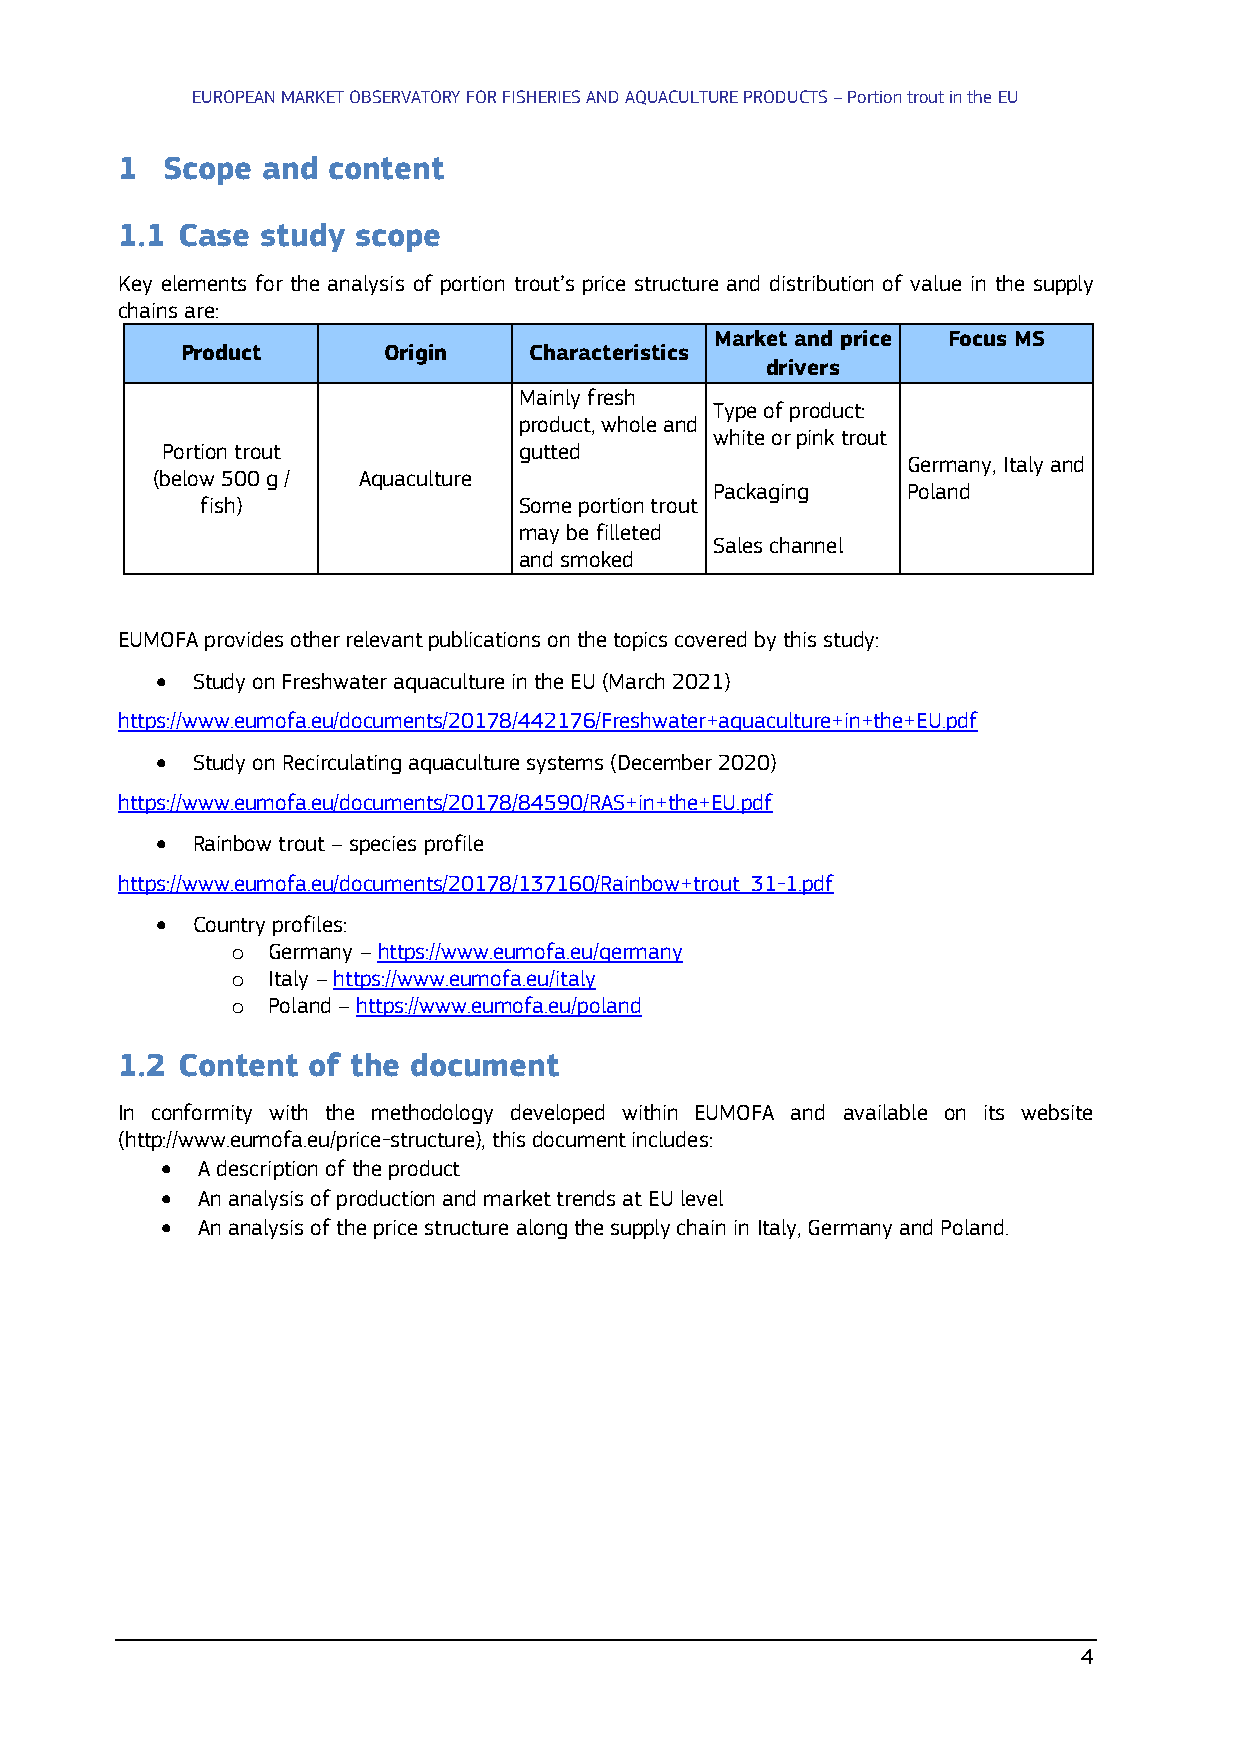
EUROPEAN MARKET OBSERVATORY FOR FISHERIES AND AQUACULTURE PRODUCTS – Portion trout in the EU
 1  Scope and  content
 1.1 Case study scope
 Key elements for the analysis of portion trout’s price structure and distribution of value in the supply
 chains are:
 Market and price Focus MS
 Product      Origin    Characteristics
 drivers
 Mainly fresh
 Type of product:
 product, whole and
 white or pink trout
 Portion trout          gutted
 Germany, Italy and
 (below 500 g / Aquaculture
 Packaging    Poland
 fish)                Some portion trout
 may be filleted
 Sales channel
 and smoked
 EUMOFA provides other relevant publications on the topics covered by this study:
 •  Study on Freshwater aquaculture in the EU (March 2021)
 https://www.eumofa.eu/documents/20178/442176/Freshwater+aquaculture+in+the+EU.pdf
 •  Study on Recirculating aquaculture systems (December 2020)
 https://www.eumofa.eu/documents/20178/84590/RAS+in+the+EU.pdf
 •  Rainbow trout – species profile
 https://www.eumofa.eu/documents/20178/137160/Rainbow+trout_31-1.pdf
 •  Country profiles:
 o  Germany – https://www.eumofa.eu/germany
 o  Italy – https://www.eumofa.eu/italy
 o  Poland – https://www.eumofa.eu/poland
 1.2 Content of the document
 In conformity with the methodology developed within EUMOFA and available on its website
 (http://www.eumofa.eu/price-structure), this document includes:
 • A description of the product
 • An analysis of production and market trends at EU level
 • An analysis of the price structure along the supply chain in Italy, Germany and Poland.
 4